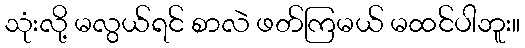
သုံးလို့ မလွယ်ရင် စာလဲ ဖတ်ကြမယ် မထင်ပါဘူး။